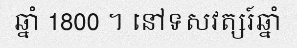
ឆ្នាំ 1800 ។ នៅទសវត្សរ៍ឆ្នាំ